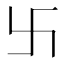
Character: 卐